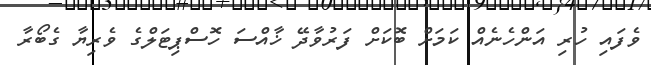
ވެފައި ހުރި އަންހެނެއް ކަމަށް ބޮކަށް ފަރުވާދޭ ޚާއްސަ ހޮސްޕިޓަލްގެ ވެރިޔާ ގެބޯރާ